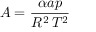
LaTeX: A = { \frac { \alpha a p } { R ^ { 2 } \, T ^ { 2 } } }